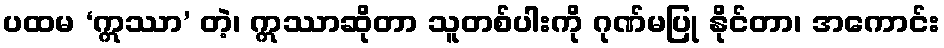
ပထမ ‘ဣဿာ’ တဲ့၊ ဣဿာဆိုတာ သူတစ်ပါးကို ဂုဏ်မပြု နိုင်တာ၊ အကောင်း